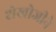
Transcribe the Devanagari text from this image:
शेखोजीने